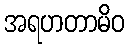
အရဟတာမိဝ